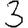
Digit: 3